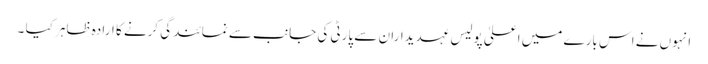
انہوں نے اس بارے میں اعلیٰ پولیس عہدیداران سے پارٹی کی جانب سے نمائندگی کرنے کا ارادہ ظاہر کیا ۔